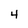
Character: 4